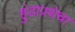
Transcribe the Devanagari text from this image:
हुंडाप्रथेचा